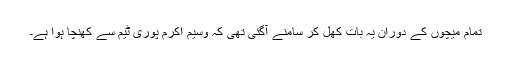
تمام میچوں کے دوران یہ بات کھل کر سامنے آگئی تھی کہ وسیم اکرم پوری ٹیم سے کھنچا ہوا ہے۔